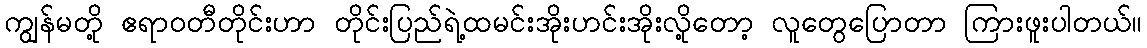
ကျွန်မတို့ ဧရာဝတီတိုင်းဟာ တိုင်းပြည်ရဲ့ထမင်းအိုးဟင်းအိုးလို့တော့ လူတွေပြောတာ ကြားဖူးပါတယ်။